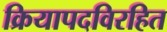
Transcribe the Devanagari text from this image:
क्रियापदविरहित